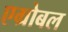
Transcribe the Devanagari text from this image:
एग्रोबल